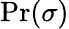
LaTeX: \Pr(\sigma)